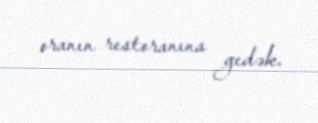
oranın restoranına gedək.